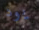
يود